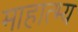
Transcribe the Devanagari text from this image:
माहात्भ्य